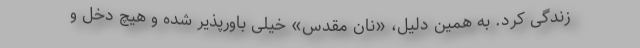
زندگی کرد. به همین دلیل، «نان مقدس» خیلی باورپذیر شده و هیچ دخل و